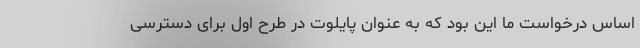
اساس درخواست ما این بود که به عنوان پایلوت در طرح اول برای دسترسی